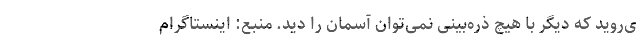
ی‌روید که دیگر با هیچ ذره‌بینی نمی‌توان آسمان را دید. منبع: اینستاگرام